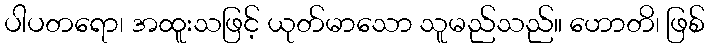
ပါပတရော၊ အထူးသဖြင့် ယုတ်မာသော သူမည်သည်။ ဟောတိ၊ ဖြစ်